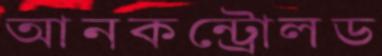
আনকন্ট্রোলড